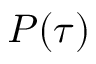
P ( \tau )